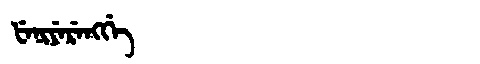
Manchu: ᡶᡝᠨᡳᠶᡝᡵᡝᠩᡤᡝ
Romanization: FENIYERENGGE